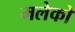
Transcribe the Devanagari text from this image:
मलेको